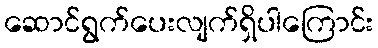
ဆောင်ရွက်ပေးလျက်ရှိပါကြောင်း